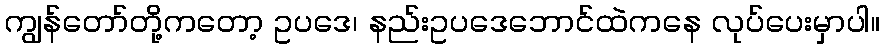
ကျွန်တော်တို့ကတော့ ဥပဒေ၊ နည်းဥပဒေဘောင်ထဲကနေ လုပ်ပေးမှာပါ။